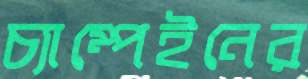
চ্যাম্পেইনের